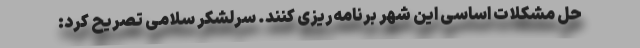
حل مشکلات اساسی این شهر برنامه‌ریزی کنند. ‌سرلشکر ‌سلامی تصریح کرد: